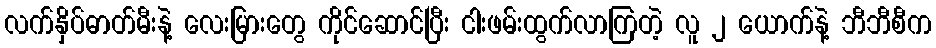
လက်နှိပ်ဓာတ်မီးနဲ့ လေးမြားတွေ ကိုင်ဆောင်ပြီး ငါးဖမ်းထွက်လာကြတဲ့ လူ ၂ ယောက်နဲ့ ဘီဘီစီက